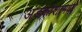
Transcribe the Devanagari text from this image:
अंडकोशामध्ये